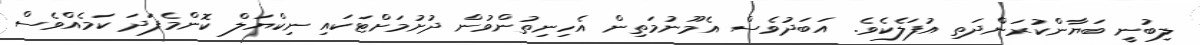
ލިބުނީ ބަޔާންކުރަންދަތި އުފަލެކެވެ. އަބަދުވެސް އެމޫނުމަތިން އެހިނިތުންވުން ދުށުމަށްޓަކައި ނިކްޔަލް ކޮންމެފަދަ ކަމެއްވެސް